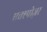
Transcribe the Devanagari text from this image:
एक्स्पोज़र